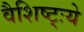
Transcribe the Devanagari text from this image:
वैशिष्ट्ःये